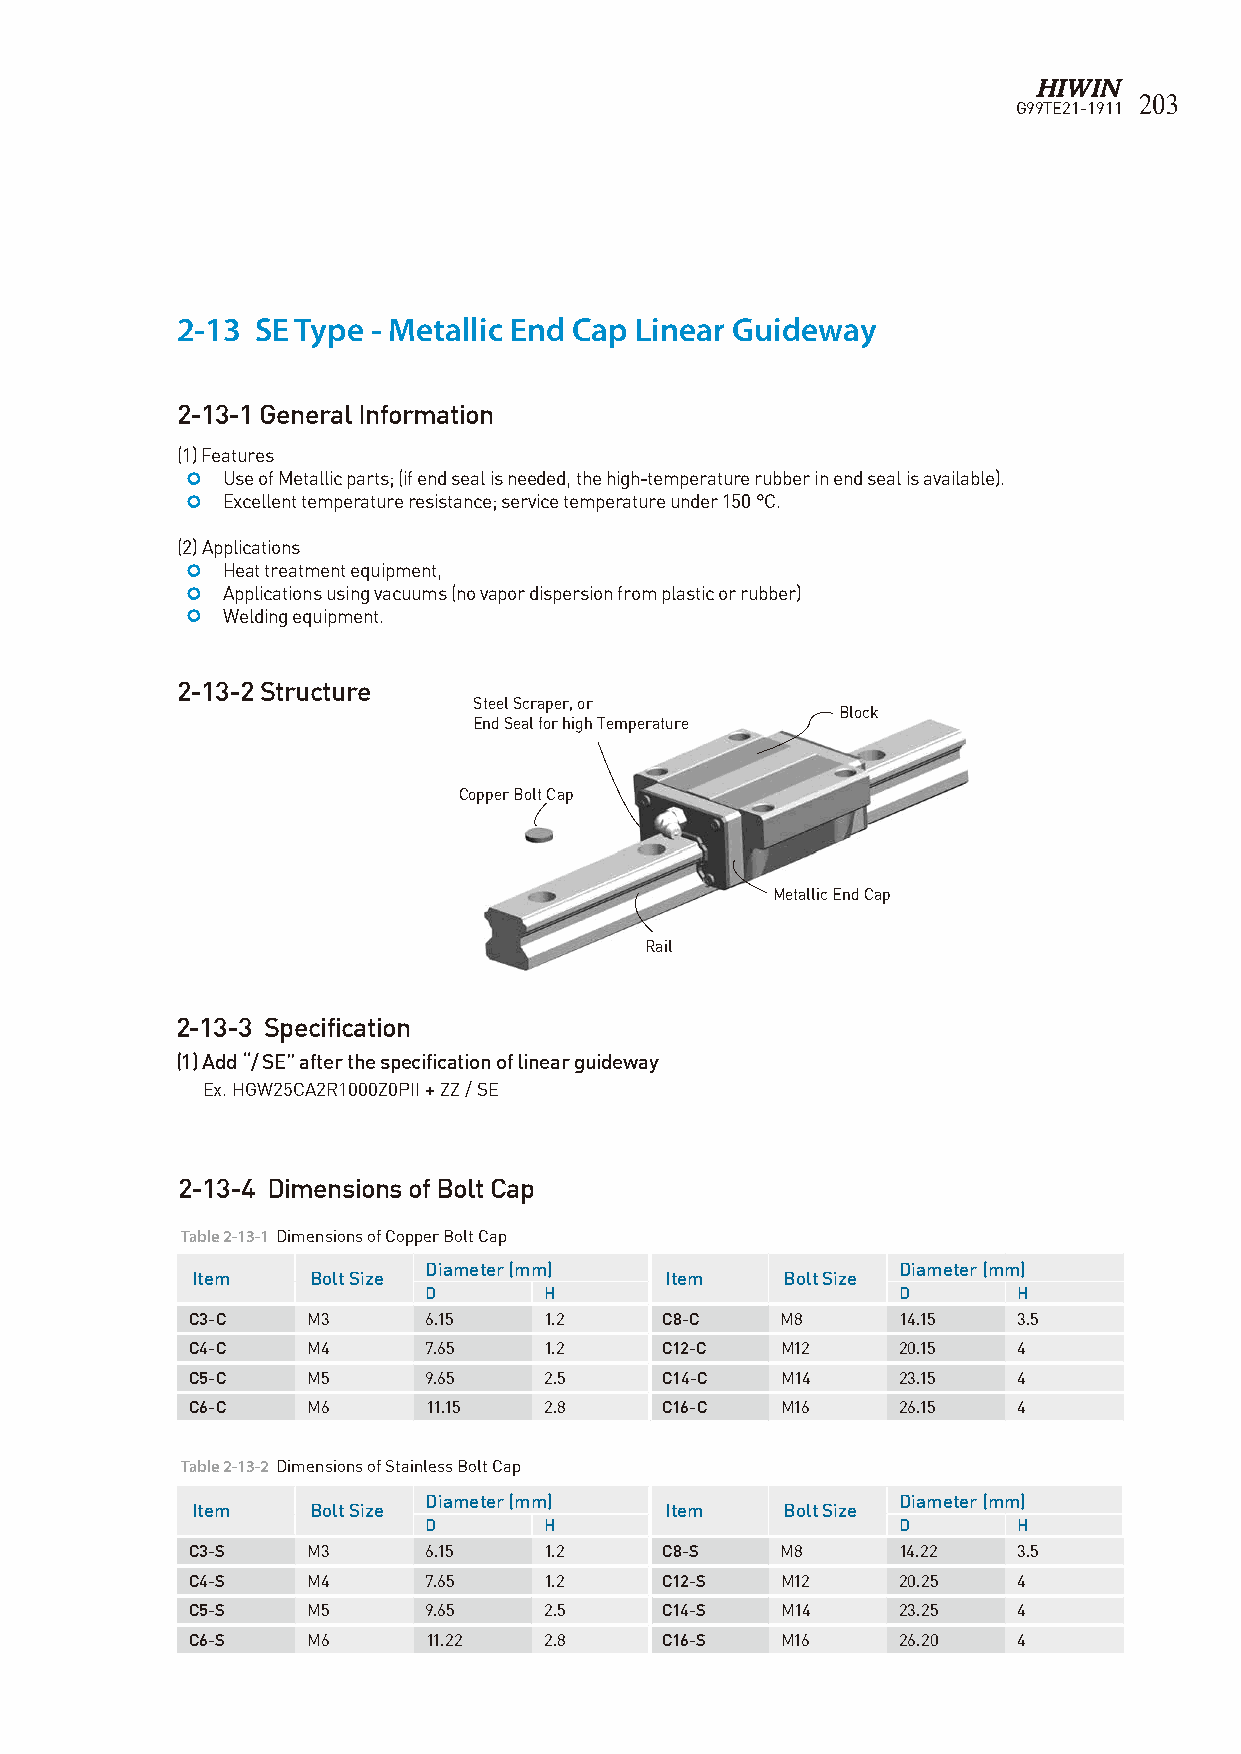
203
 G99TE21-1911
 2-13 SE Type - Metallic End Cap Linear Guideway
 2-13-1 General Information
 (1) Features
   Use of Metallic parts; (if end seal is needed, the high-temperature rubber in end seal is available).
   Excellent temperature resistance; service temperature under 150 °C.
 (2) Applications
   Heat treatment equipment,
   Applications using vacuums (no vapor dispersion from plastic or rubber)
   Welding equipment.
 2-13-2 Structure
 Steel Scraper, or
 Block
 End Seal for high Temperature
 Copper Bolt Cap
 Metallic End Cap
 Rail
 2-13-3 Specification
 (1) Add “/ SE” after the specification of linear guideway
 Ex. HGW25CA2R1000Z0PII + ZZ / SE
 2-13-4 Dimensions of Bolt Cap
 Table 2-13-1 Dimensions of Copper Bolt Cap
 Diameter (mm)                  Diameter (mm)
 Item    Bolt Size              Item    Bolt Size
 D       H                      D       H
 C3-C    M3      6.15    1.2     C8-C    M8     14.15   3.5
 C4-C    M4      7.65    1.2     C12-C   M12    20.15   4
 C5-C    M5      9.65    2.5     C14-C   M14    23.15   4
 C6-C    M6      11.15   2.8     C16-C   M16    26.15   4
 Table 2-13-2 Dimensions of Stainless Bolt Cap
 Diameter (mm)                  Diameter (mm)
 Item    Bolt Size              Item    Bolt Size
 D       H                      D       H
 C3-S    M3      6.15    1.2     C8-S    M8     14.22   3.5
 C4-S    M4      7.65    1.2     C12-S   M12    20.25   4
 C5-S    M5      9.65    2.5     C14-S   M14    23.25   4
 C6-S    M6      11.22   2.8     C16-S   M16    26.20   4